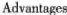
Advantages